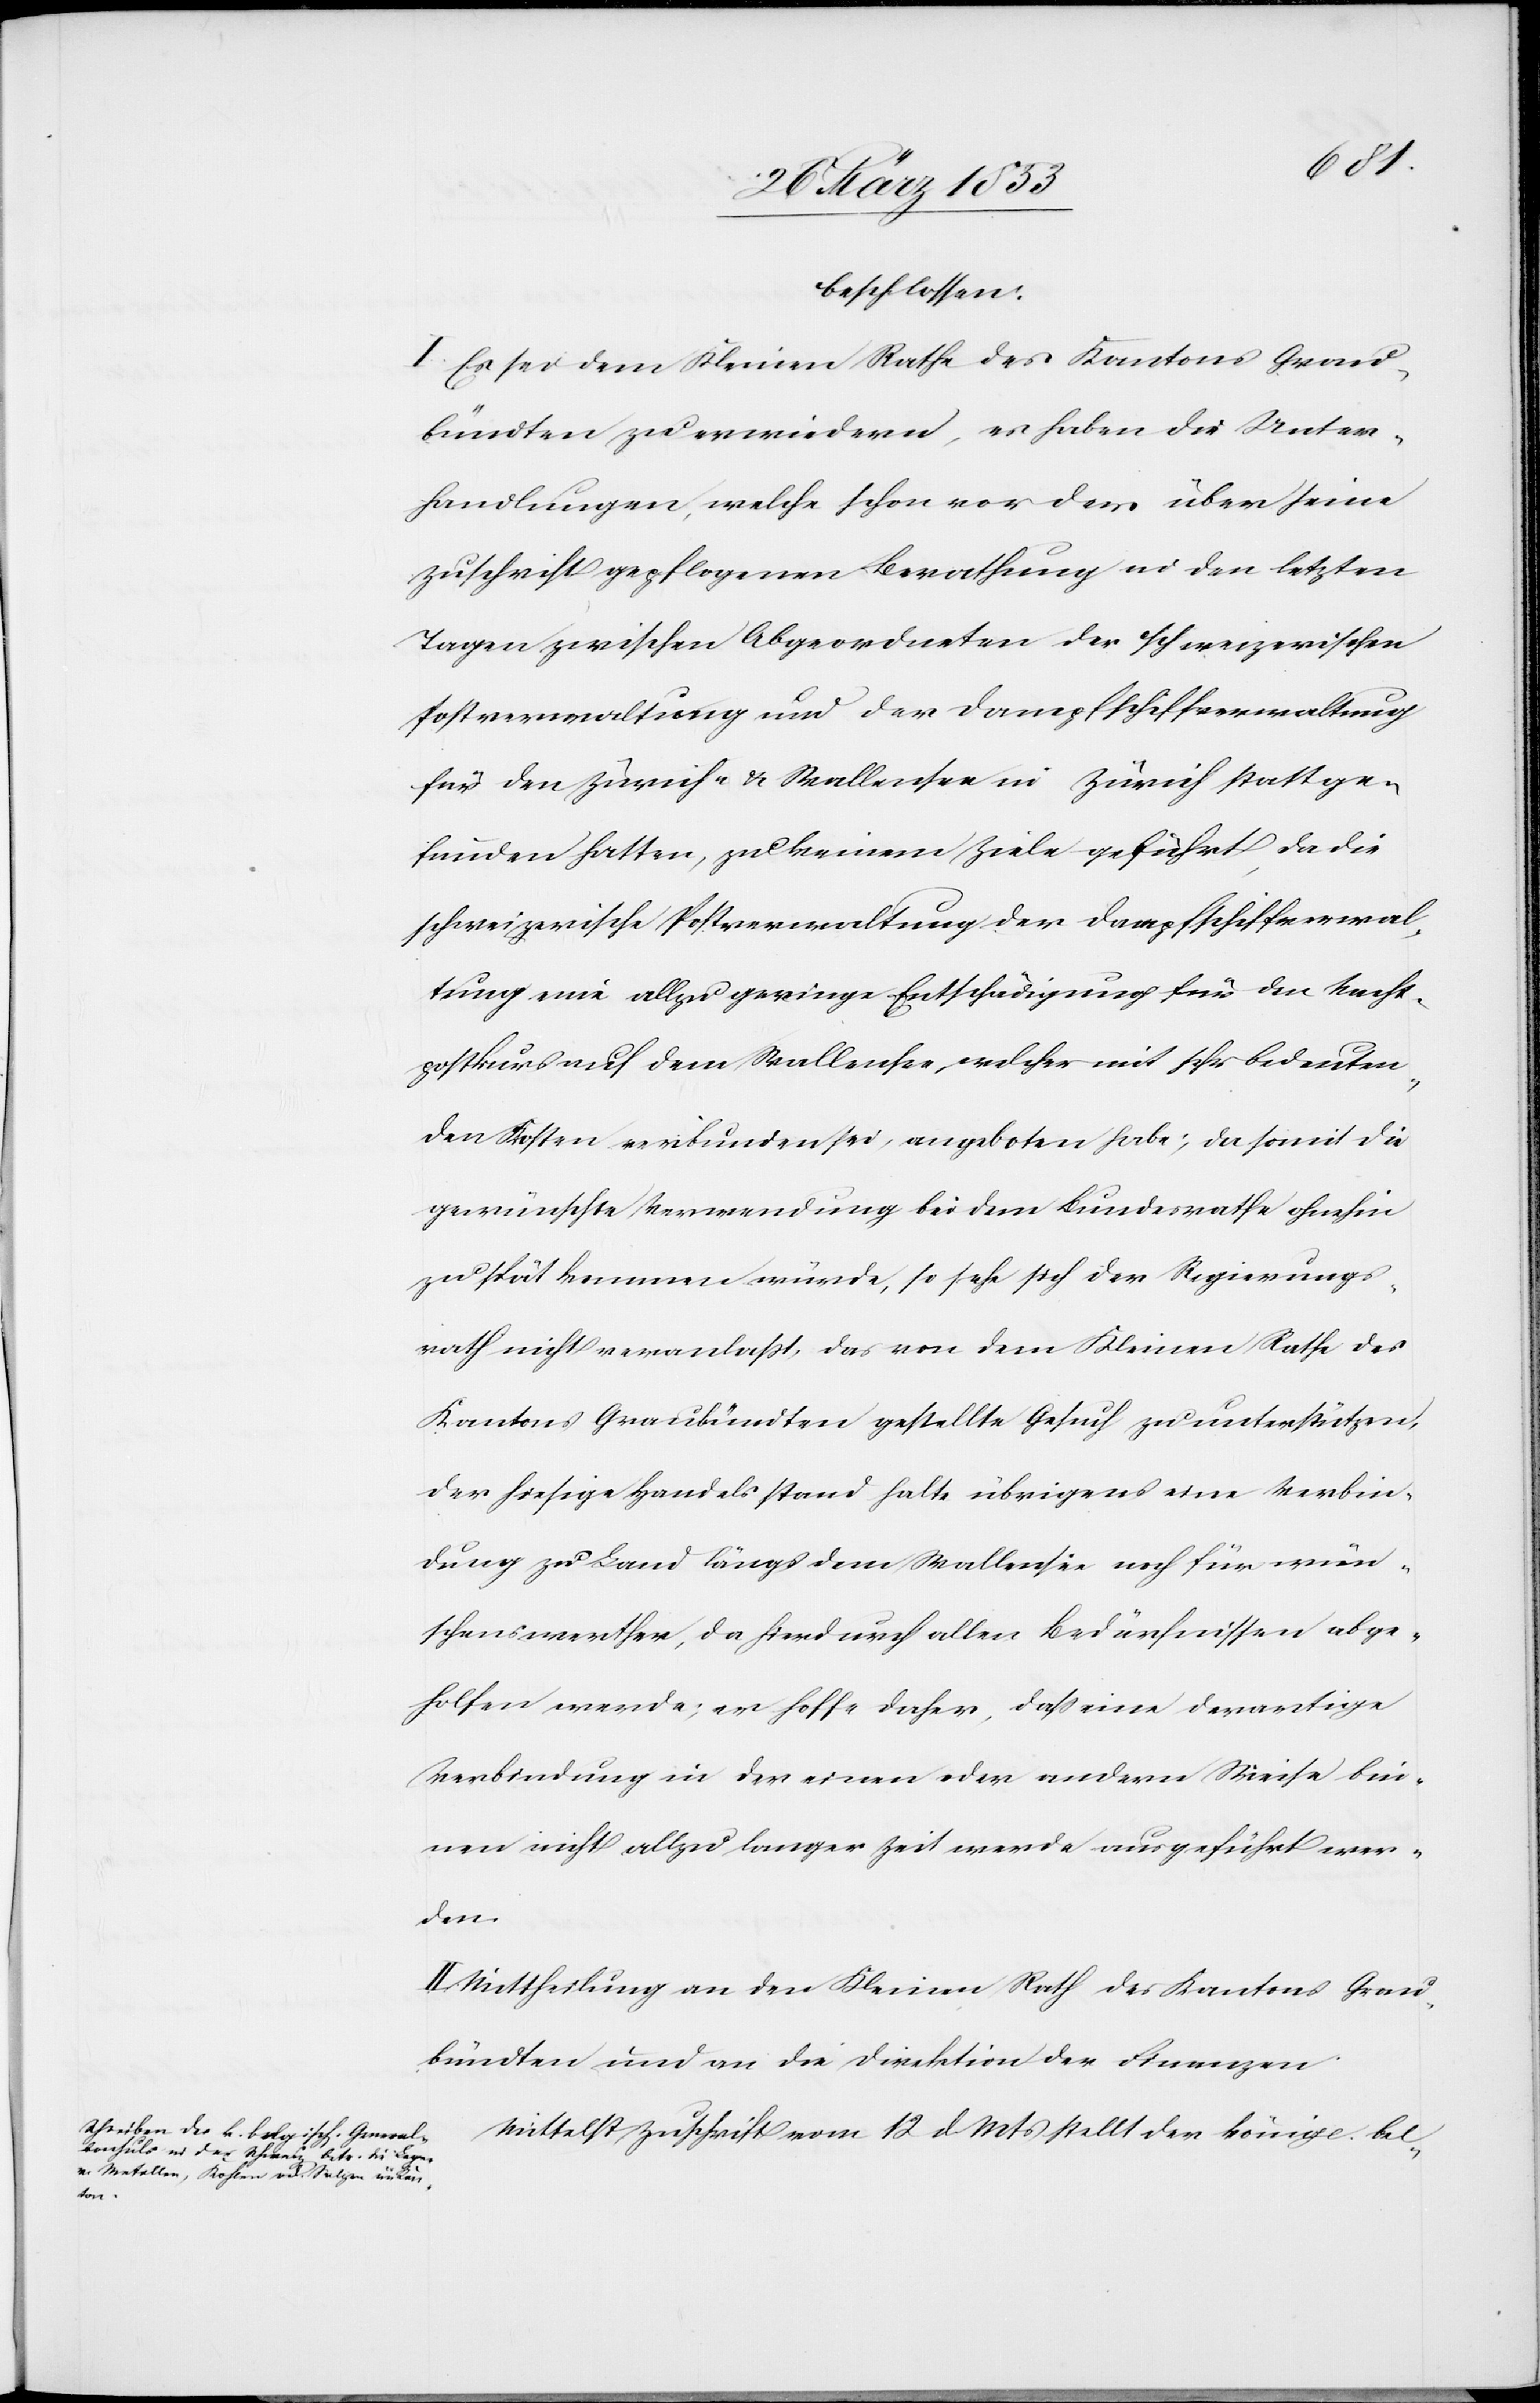
beschlossen:
I. Es sei dem Kleinen Rathe des Kantons Grau¬
bündten zu erwiedern, es haben die Unter¬
handlungen, welche schon vor dem über seine
Zuschrift gepflogenen Berathung in den letzten
Tagen zwischen Abgeordneten der schweizerischen
Postverwaltung und der Dampfschiffverwaltung
für den Zürich- u. Wallensee in Zürich stattge¬
funden hatten, zu keinem Ziele geführt, da die
schweizerische Postverwaltung der Dampfschiffverwal¬
tung eine allzu geringe Entschädigung für den Nacht¬
postkurs auf dem Wallensee, welcher mit sehr bedeuten¬
den Kosten verbunden sei, angeboten habe, da somit die
gewünschte Verwendung bei dem Bundesrathe ohnehin
zu spät kommen würde, so sehe sich der Regierungs¬
rath nicht veranlaßt, das von dem Kleinen Rathe des
Kantons Graubündten gestellte Gesuch zu unterstützen,
der hiesige Handelsstand halte übrigens eine Verbin¬
dung zu Land längs dem Wallensee noch für wün¬
schenswerther, da hierdurch allen Bedürfnissen abge¬
holfen werde; er hoffe daher, daß eine derartige
Verbindung in der einen oder andern Weise bin¬
nen nicht allzu langer Zeit werde ausgeführt wer¬
den.
II. Mittheilung an den Kleinen Rath des Kantons Grau¬
bündten und an die Direktion der Finanzen.
Mittelst Zuschrift vom 12 d. Mts. stellt der königl. bel-